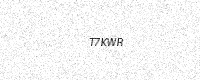
Text: T7KWR